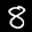
Label: 8